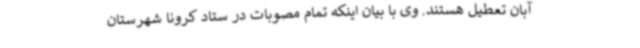
آبان تعطیل هستند. وی با بیان اینکه تمام مصوبات در ستاد کرونا شهرستان